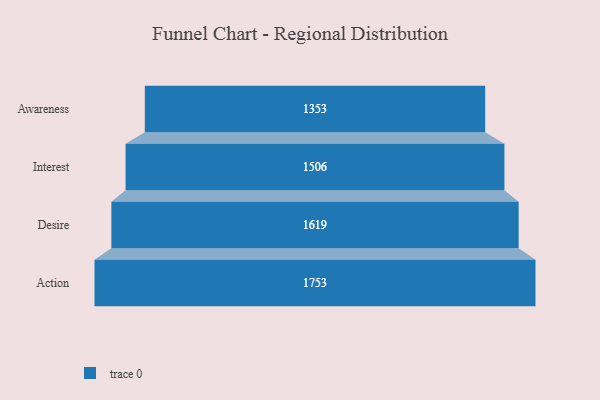
{"axis": {"x": "Stage", "y": "Value"}, "legend": [""], "data": [{"x": "Awareness", "y": 1353.0, "type": ""}, {"x": "Interest", "y": 1506.0, "type": ""}, {"x": "Desire", "y": 1619.0, "type": ""}, {"x": "Action", "y": 1753.0, "type": ""}]}